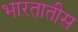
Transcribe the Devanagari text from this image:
भारतातीस